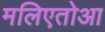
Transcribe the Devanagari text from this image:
मलिएतोआ